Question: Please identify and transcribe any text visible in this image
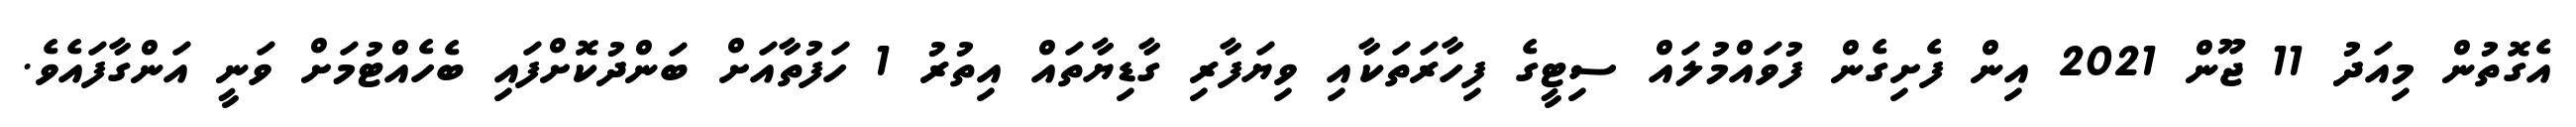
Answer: އެގޮތުން މިއަދު 11 ޖޫން 2021 އިން ފެށިގެން ފުވައްމުލައް ސިޓީގެ ފިހާރަތަކާއި ވިޔަފާރި ގާޑިޔާތައް އިތުރު 1 ހަފުތާއަށް ބަންދުކޮށްފައި ބެހެއްޓުމަށް ވަނީ އަންގާފައެވެ.